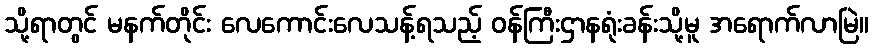
သို့ရာတွင် မနက်တိုင်း လေကောင်းလေသန့်ရသည့် ဝန်ကြီးဌာနရုံးခန်းသို့မူ အရောက်လာမြဲ။